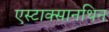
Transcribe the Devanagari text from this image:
एस्टाक्सानथिन